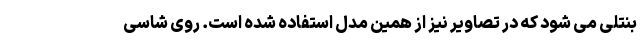
بنتلی می شود که در تصاویر نیز از همین مدل استفاده شده است. روی شاسی